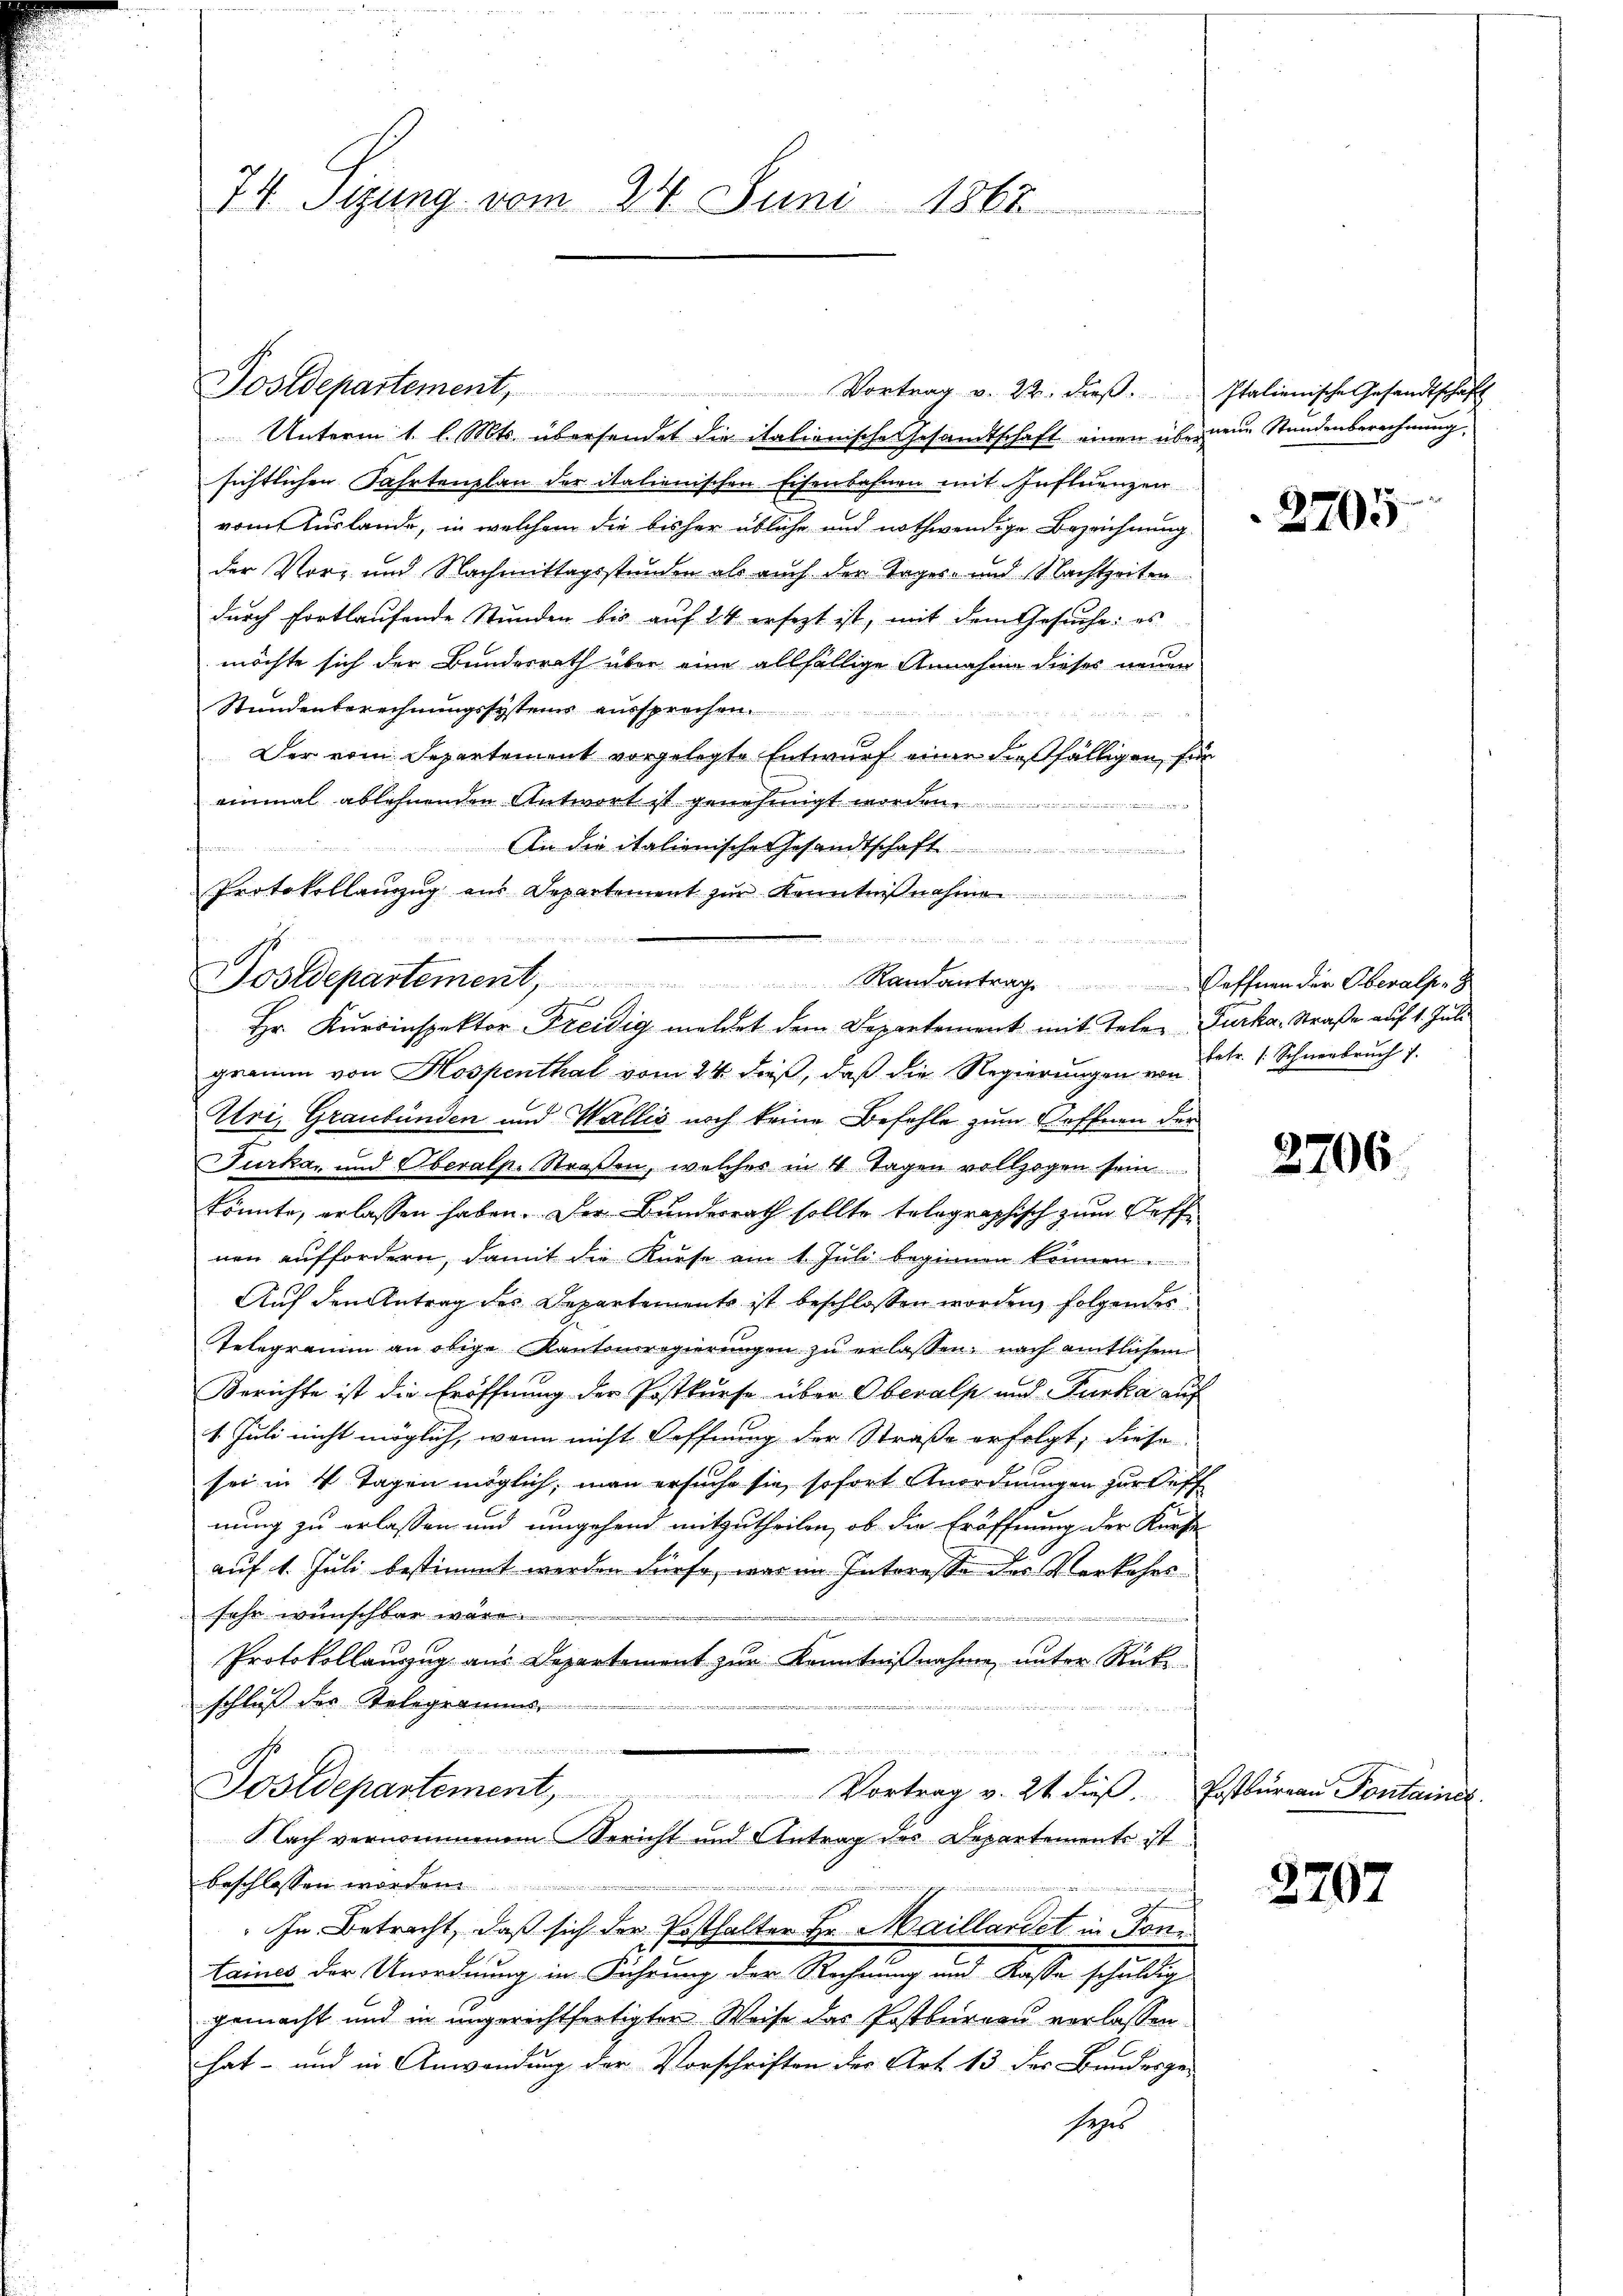
74. Sizung vom 24. Juni 1865

Postdepartement, Vortrag v. 22. dieβ.
Unterm 1. l. Mts. übersendet die italionische Gesandtschaft einen überneue Stundenberechnung,
sichtlichen Fahrtenplan der italienischen Eisenbahnen mit Influenzen
vom Kurlande, in welchem die bisher übliche und nothwendige Bezeichnung.
der Vor- und Nachmittagsstunden als auch den Tages- und Nachtzeiten
durch fortlaufende Stunden bis auf 24 ersezt ist, mit dem Gesuche: es
möchte sich der Bundesrath über eine allfällige Annahme dieses neuen
Stundenterechnungssysteme aussprechen

Der vom Separtement vorgelegte Entwurf einer dießfälligen, für
einmal ablehnenden Antwort ist genehmigt worden. ....................
u
ten
An die italienische Gesandtschaft ..............
Protokollanzŭg aŭs Departement zŭr Kenntniβnah

Postdepartement, Randantrag effnen der Oberalp. Z.
Hr. Kursinspektor Freidig meldet dem Departement mit Telen Furka, Straße auf 1. Juli

gramm von Hospenthal vom 24. dieß, daß die Regierungen u. betr. 1 Schneebruch 7.
Uri, Graubünden und Wallis noch keine Befehle zum Oeffnen der
Furka und Oberalp. Straßen, welches in 4 Tagen vollzogen sein
könnte, erlassen haben. Der Bunderrath sollte telegraphisch zum Neff
nen auffordern, damit die Kurse am 1 Juli beginnen können.
Auf den Antrag des Departements ist beschlossen worden, folgendes
Telegramm an obige Kantonsregierungen zu erlassen, nach amtlichem
Berichte ist die Eröffnung der Postkurse über Oberals und Furka auf
1. Juli nicht möglich, wenn nicht Hoffnung der Straße erfolgt; diese
sei in 4 Tagen möglich, man ersuche sie sofort Anordnungen zur Oeff
nung zu erlassen und umgehend mitzutheilen, ob die Eröffnung der Kürste
auf 1. Juli bestimmt werden dürfe, war im Interesse der Verkehrssehr wünschbar ware
an
Protokollauszug aus Departement zur Kenntnißnahme, unter Rück
schluß der Telegramms

Postdepartement, Vortrag v. 21 dieβ. Postbüreaŭ Pontainer
lach vernommenem Bericht und Antrag des Departements ist
beschlossen worden.
d
In Betracht, daß sich der Posthalter Hr. Maillardet in Tontaines der Unordnung in Führung der Rechnung und Kasse schuldig
gemacht und in ungerichtfertigter Weise das Postbureau verlassen
hat- und in Anwendung der Vorschriften der Art 13 der Bundesge-
seys

Italienische Gesandtschaft

2705

2706

2207